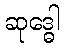
ဆုဒ္ဓေါ